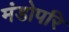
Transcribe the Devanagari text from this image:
मंडोपरि